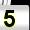
Digit: 5